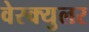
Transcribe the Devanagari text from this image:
वेस्क्युलर